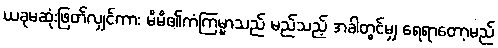
ယခုမဆုံးဖြတ်လျှင်ကား မိမိ၏ကံကြမ္မာသည် မည်သည့် အခါတွင်မျှ ရေရာတော့မည်